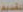
لتقديم